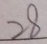
2 8